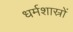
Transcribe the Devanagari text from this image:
धर्मशास्रों